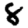
Digit: 8